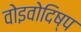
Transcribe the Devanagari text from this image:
वोइवोदिष्प